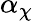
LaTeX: \alpha_{\chi}